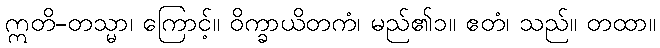
ဣတိ-တသ္မာ၊ ကြောင့်။ ဝိက္ခာယိတကံ၊ မည်၏၁။ ဧတံ၊ သည်။ တထာ။